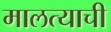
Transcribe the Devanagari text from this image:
मालत्याची